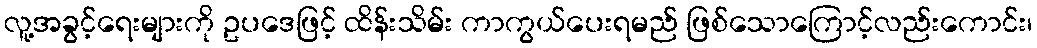
လူ့အခွင့်ရေးများကို ဥပဒေဖြင့် ထိန်းသိမ်း ကာကွယ်ပေးရမည် ဖြစ်သောကြောင့်လည်းကောင်း၊